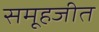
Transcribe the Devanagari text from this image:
समूहजीत